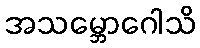
အသမ္ဘောဂေါသိ